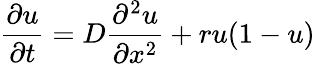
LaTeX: \frac{\partial u}{\partial t}=D\frac{\partial^{2}u}{\partial x^{2}}+ru(1-u)